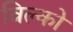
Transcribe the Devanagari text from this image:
विल्को